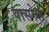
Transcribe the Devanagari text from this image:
पासरेल